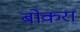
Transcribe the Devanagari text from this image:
बोकरा